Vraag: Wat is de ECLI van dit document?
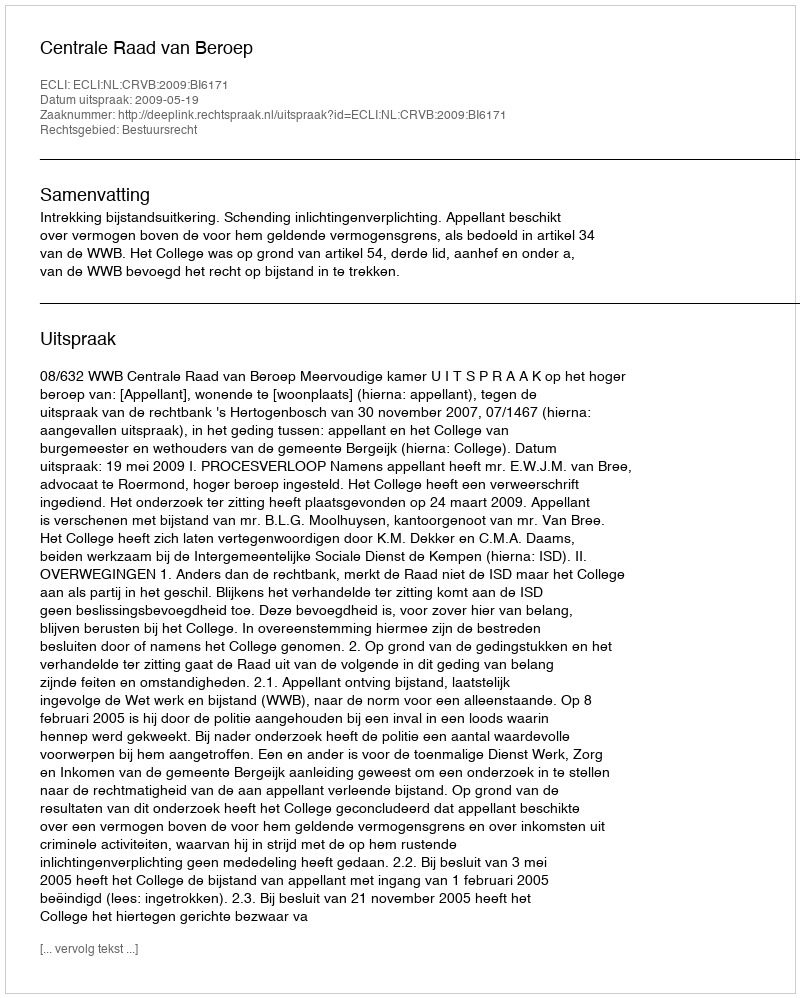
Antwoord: ECLI:NL:CRVB:2009:BI6171